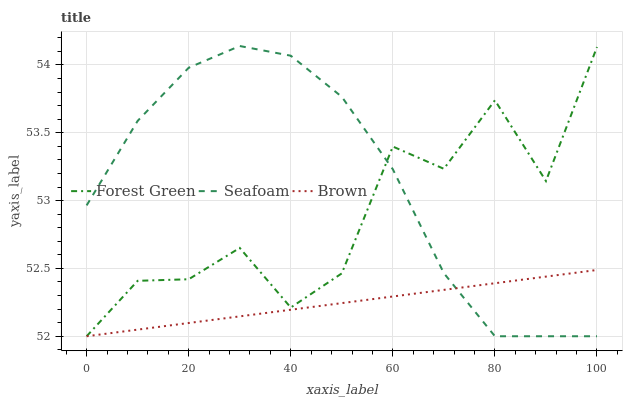
| xaxis_label | Forest Green | Seafoam | Brown |
 | --- | --- | --- | --- |
 | 0 | 52 | 53 | 52 |
 | 10 | 52.4 | 53.6 | 52 |
 | 20 | 52.4 | 54 | 52.1 |
 | 30 | 52.7 | 54.1 | 52.1 |
 | 40 | 52.2 | 54.1 | 52.2 |
 | 50 | 52.5 | 53.8 | 52.2 |
 | 60 | 53.4 | 53.2 | 52.3 |
 | 70 | 53.2 | 52.5 | 52.3 |
 | 80 | 53.7 | 52 | 52.4 |
 | 90 | 53.1 | 52 | 52.4 |
 | 100 | 54.1 | 52 | 52.5 |